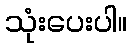
သုံးပေးပါ။